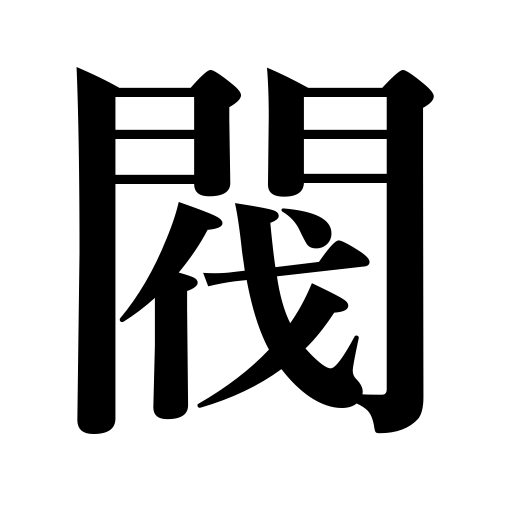
Meanings: lineage,pedigree,clique,clan,faction